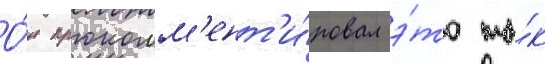
О́н прокомм'ент'и́ровал э́то та́к